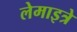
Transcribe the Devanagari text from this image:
लेमाइत्रे